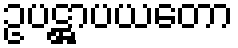
ဥပဋ္ဌာပယတော